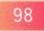
98